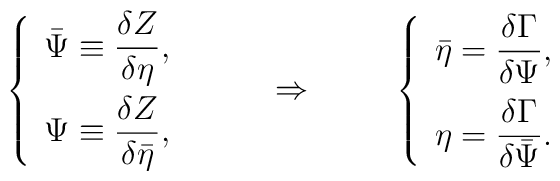
\left\{  \begin{array}{rcl}     \bar\Psi \equiv \displaystyle\frac{\delta Z}{\delta \eta}\rule[-5mm]{0mm}{5mm}, \\     \Psi \equiv \displaystyle\frac{\delta Z}{\delta \bar\eta}\rule{0mm}{5mm},  \end{array} \right.\hspace{1cm}  \Rightarrow\hspace{1cm}\left\{  \begin{array}{rcl}     \bar\eta = \displaystyle\frac{\delta \Gamma}{\delta \Psi}\rule[-5mm]{0mm}{5mm}, \\     \eta = \displaystyle\frac{\delta \Gamma}{\delta \bar\Psi}\rule{0mm}{5mm}.  \end{array} \right.